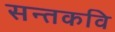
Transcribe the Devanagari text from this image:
सन्तकवि